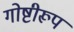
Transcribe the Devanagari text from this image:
गोष्टीरूप